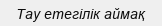
Тау етегілік аймақ